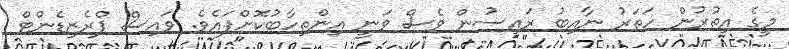
މީގެ އިތުރުން ހަތަރު ނާއިބު ރައީސުން ވެސް ވަނީ އިންތިހާބުކޮށްފައެވެ. ވައިސް ޕްރެޒިޑެންޓް